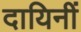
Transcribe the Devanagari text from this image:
दायिनीं